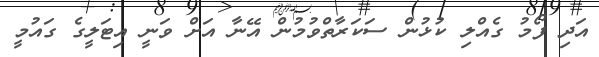
އަދި ފޯމު ގެއްލި ކުޅުން ސަކަރާތްވުމުން އޭނާ އަށް ވަނީ އިޓަލީގެ ގައުމީ